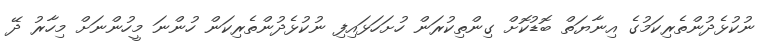
ނުކުޅެދުންތެރިކަމުގެ އިނާޔަތް ބޮޑުކޮށް ގިންތިކުރަން ހުށަހަޅައިފި ނުކުޅެދުންތެރިކަން ހުންނަ މީހުންނަށް މިހާރު ދޭ